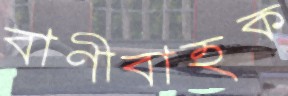
বাণীবাহক